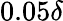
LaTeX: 0.05\delta